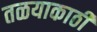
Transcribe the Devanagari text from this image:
तळयाकाठी